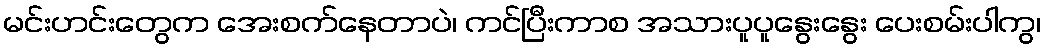
မင်းဟင်းတွေက အေးစက်နေတာပဲ၊ ကင်ပြီးကာစ အသားပူပူနွေးနွေး ပေးစမ်းပါကွ၊